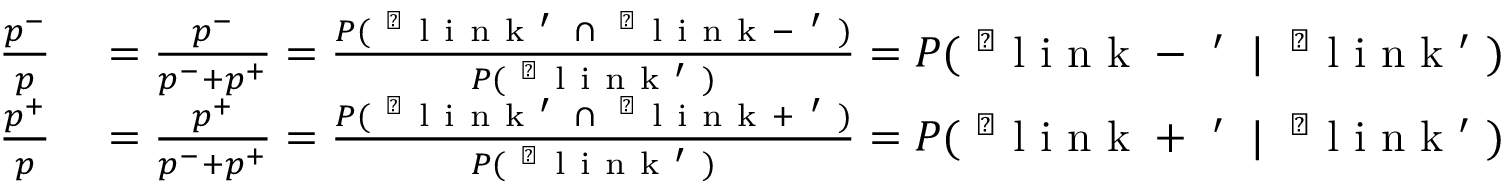
\begin{array} { r l } { \frac { p ^ { - } } { p } } & { { } = \frac { p ^ { - } } { p ^ { - } + p ^ { + } } = \frac { P ( \mathrm { ~ ` ~ l ~ i ~ n ~ k ~ ' ~ } \: \cap \: \mathrm { ~ ` ~ l ~ i ~ n ~ k ~ - ~ ' ~ } ) } { P ( \mathrm { ~ ` ~ l ~ i ~ n ~ k ~ ' ~ } ) } = P ( \mathrm { ~ ` ~ l ~ i ~ n ~ k ~ - ~ ' ~ } \: | \: \mathrm { ~ ` ~ l ~ i ~ n ~ k ~ ' ~ } ) , } \\ { \frac { p ^ { + } } { p } } & { { } = \frac { p ^ { + } } { p ^ { - } + p ^ { + } } = \frac { P ( \mathrm { ~ ` ~ l ~ i ~ n ~ k ~ ' ~ } \: \cap \: \mathrm { ~ ` ~ l ~ i ~ n ~ k ~ + ~ ' ~ } ) } { P ( \mathrm { ~ ` ~ l ~ i ~ n ~ k ~ ' ~ } ) } = P ( \mathrm { ~ ` ~ l ~ i ~ n ~ k ~ + ~ ' ~ } \: | \: \mathrm { ~ ` ~ l ~ i ~ n ~ k ~ ' ~ } ) } \end{array}